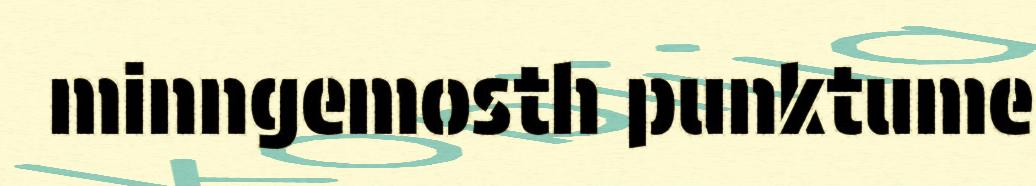
minngemosth punktume